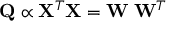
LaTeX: \mathbf { Q } \propto \mathbf { X } ^ { T } \mathbf { X } = \mathbf { W } \mathbf { \Lambda } \mathbf { W } ^ { T }